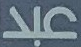
عبد